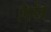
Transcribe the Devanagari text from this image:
निरेत